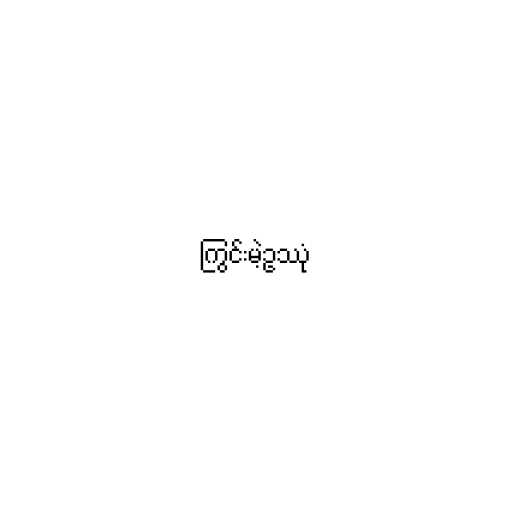
ကြွင်းမဲ့ဥဿုံ